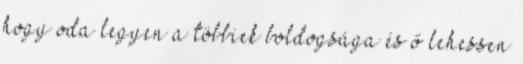
hogy oda legyen a többiek boldogsága és ő lehessen